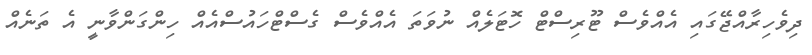
ދިވެހިރާއްޖޭގައި އެއްވެސް ޓޫރިސްޓް ހޮޓަލެއް ނުވަތަ އެއްވެސް ގެސްޓްހައުސްއެއް ހިންގަންވާނީ އެ ތަނެއް